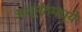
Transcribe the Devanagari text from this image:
अश्मंतमध्ये